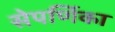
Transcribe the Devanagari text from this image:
सेपर्णिका